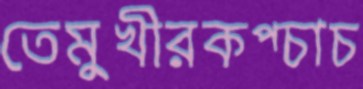
তেমুখীরকপ্‌চাচ